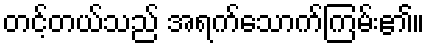
တင့်တယ်သည် အရက်သောက်ကြမ်း၏။